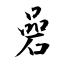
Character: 碞